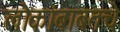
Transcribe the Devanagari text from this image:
लोकांबाबतचे